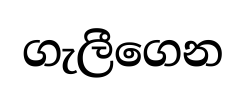
ගැලීගෙන